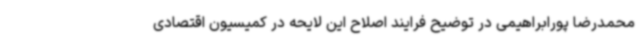
محمدرضا پورابراهیمی در توضیح فرایند اصلاح این لایحه در کمیسیون اقتصادی